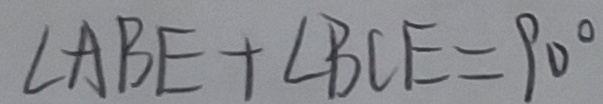
\angle A B E + \angle B C E = 9 0 ^ { \circ }